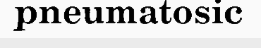
pneumatosic